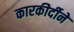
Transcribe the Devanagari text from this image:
कारकीर्दीने